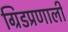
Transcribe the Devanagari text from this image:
ग्रिडप्रणाली